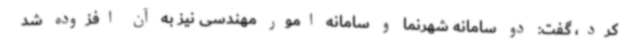
کرد، گفت: دو سامانه شهرنما و سامانه امور مهندسی نیز به آن افزوده شد